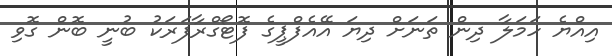
އިއްޔެ ހަމަލާ ދިން ތަނަށް ދިޔަ އޭއެފްޕީގެ ފޮޓޯގްރާފަރަކު ބުނީ ބޮން ގޮވި